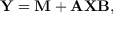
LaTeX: \mathbf { Y } = \mathbf { M } + \mathbf { A } \mathbf { X } \mathbf { B } ,